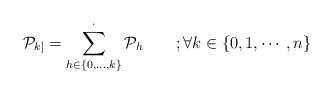
\begin{align*}\mathcal P_{k]} = \sum_{h\in\{0,\dots,k\}}^{\cdot} \mathcal P_{h}\qquad;\forall k\in\{0,1,\cdots , n\}\end{align*}